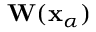
\mathbf { W } ( \mathbf { x } _ { \alpha } )